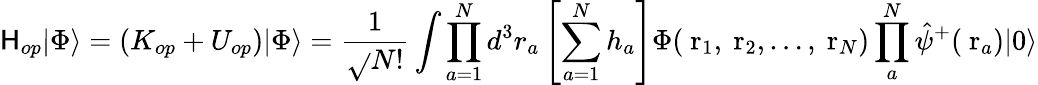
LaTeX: \mathsf{H}_{op}|\Phi\rangle=(K_{op}+U_{op})|\Phi\rangle=\frac{{1}}{{\sqrt{}{{N!}}}}\int\prod_{a=1}^{N}d^{3}r_{a}\left[\sum_{a=1}^{N}h_{a}\right]\Phi(\mathrm{{\mathbf{~}r}}_{1},\mathrm{{\mathbf{~}r}}_{2},\dots,\mathrm{{\mathbf{~}r}}_{N})\prod_{a}^{N}\hat{{\psi}}^{+}(\mathrm{{\mathbf{~}r}}_{a})|0\rangle